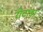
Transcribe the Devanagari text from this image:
रोटांडा